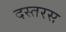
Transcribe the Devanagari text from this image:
दस्तरस